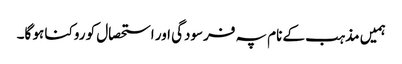
ہمیں مذہب کے نام پہ فرسودگی اور استحصال کو روکنا ہو گا۔